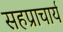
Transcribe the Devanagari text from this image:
सहप्राचार्य